Indian journal of veterinary science and animal husbandry - Volume 7,
Year: 1937
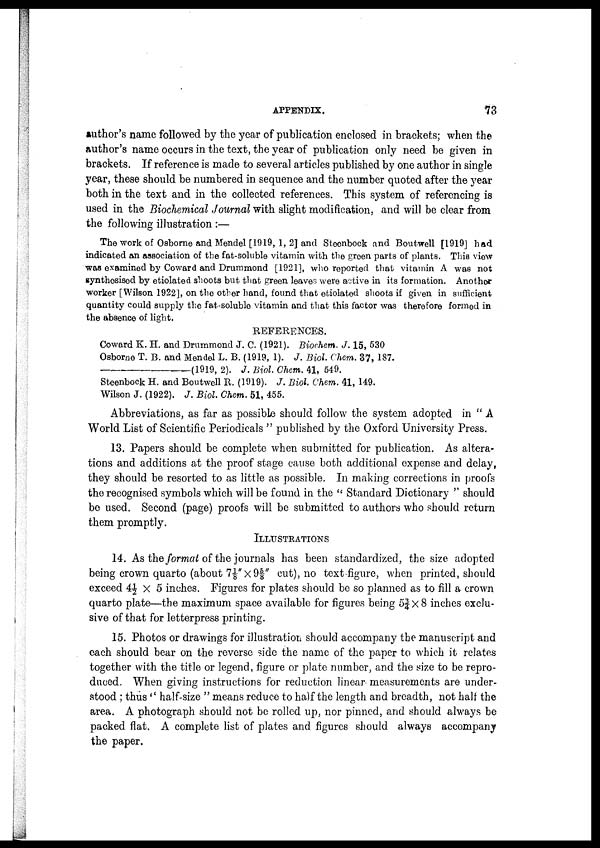
APPENDIX.
73
author's name followed by the year of publication enclosed in brackets; when the
author's name occurs in the text, the year of publication only need be given in
brackets. If reference is made to several articles published by one author in single
year, these should be numbered in sequence and the number quoted after the year
both in the text and in the collected references. This system of referencing is
used in the Biochemical Journal with slight modification, and will be clear from
the following illustration :—
The work of Osborne and Mendel [1919, 1, 2] and Steenbock and Boutwell [1919] had
indicated an association of the fat-soluble vitamin with the green parts of plants. This view
was examined by Coward and Drummond [1921], who reported that vitamin A was not
synthesised by etiolated shoots but that green leaves were active in its formation. Another
worker [Wilson 1922], on the other hand, found that etiolated shoots if given in sufficient
quantity could supply the fat-soluble vitamin and that this factor was therefore formed in
the absence of light.
REFERENCES.
Coward K. H. and Drummond J. C. (1921). Biochem. J. 15, 530
Osborne T. B. and Mendel L. B. (1919, 1). J. Biol. Chem. 37, 187.
—(1919,
2). J. Biol. Chem. 41, 549.
Steenbock H. and Boutwell R. (1919). J. Biol. Chem. 41, 149.
Wilson J. (1922). J. Biol. Chem. 51, 455.
Abbreviations, as far as possible should follow the system adopted in " A
World List of Scientific Periodicals " published by the Oxford University Press.
13. Papers should be complete when submitted for publication. As altera
tions and additions at the proof stage cause both additional expense and delay,
they should be resorted to as little as possible. In making corrections in proofs
the recognised symbols which will be found in the " Standard Dictionary " should
be used. Second (page) proofs will be submitted to authors who should return
them promptly.
ILLUSTRATIONS
14. As the format of the journals has been standardized, the size adopted
being crown quarto (about 7⅛"×9⅝" cut), no text figure, when printed, should
exceed 4½ × 5 inches. Figures for plates should be so planned as to fill a crown
quarto plate—the maximum space available for figures being 5¾×8 inches exclu
sive of that for letterpress printing.
15. Photos or drawings for illustration should accompany the manuscript and
each should bear on the reverse side the name of the paper to which it relates
together with the title or legend, figure or plate number, and the size to be repro
duced. When giving instructions for reduction linear measurements are under
stood ; thus" half-size " means reduce to half the length and breadth, not half the
area. A photograph should not be rolled up, nor pinned, and should always be
packed flat. A complete list of plates and figures should always accompany
the paper.